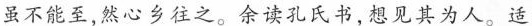
虽不能至，然心乡往之。余读孔氏书，想见其为人。适